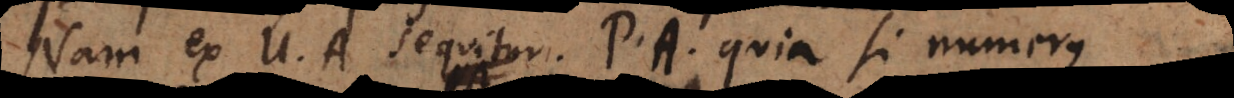
Nam ex U. A. sequitur P. A. quia si numerus